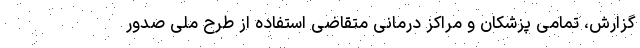
گزارش، تمامی پزشکان و مراکز درمانی متقاضی استفاده از طرح ملی صدور